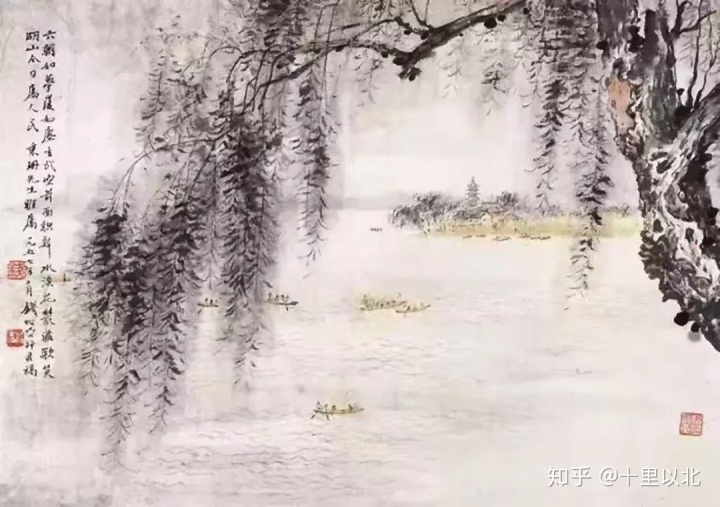
北风吹雪四更初，嘉瑞天教及岁除。